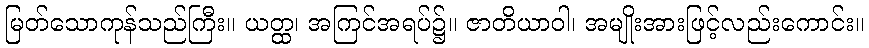
မြတ်သောကုန်သည်ကြီး။ ယတ္ထ၊ အကြင်အရပ်၌။ ဇာတိယာဝါ၊ အမျိုးအားဖြင့်လည်းကောင်း။